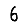
Digit: 6